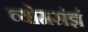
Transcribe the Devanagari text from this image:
व्योमसंज्ञं